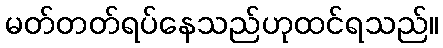
မတ်တတ်ရပ်နေသည်ဟုထင်ရသည်။